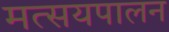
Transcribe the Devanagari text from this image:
मत्सयपालन